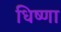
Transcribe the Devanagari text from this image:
धिष्णा